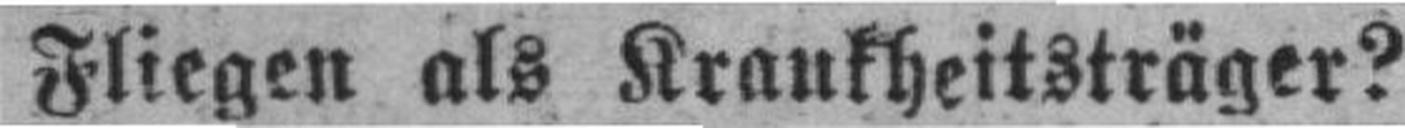
Fliegen als Krankheitsträger?